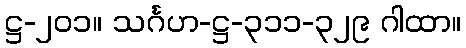
ဋ္ဌ-၂၀၁။ သင်္ဂဟ-ဋ္ဌ-၃၁၁-၃၂၉ ဂါထာ။